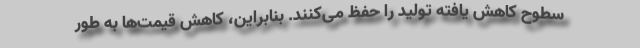
سطوح کاهش یافته تولید را حفظ می‌کنند. بنابراین، کاهش قیمت‌ها به طور